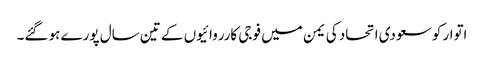
اتوار کو سعودی اتحاد کی یمن میں فوجی کارروائیوں کے تین سال پورے ہو گئے۔